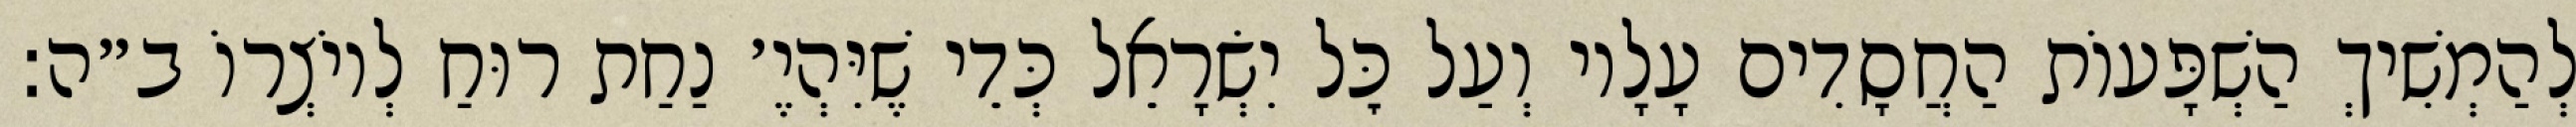
לְהַמְשִׁיךְ הַשְׁפָּעוֹת הַחֲסָדִים עָלָיו וְעַל כׇּל יִשְׂרָאֵל כְּדֵי שֶׁיִּהְיֶ׳ נַחַת רוּחַ לְיוֹצְרוֹ ב״ה: